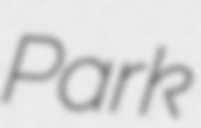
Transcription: Park